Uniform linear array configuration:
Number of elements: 8
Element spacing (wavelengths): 0.75
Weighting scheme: kaiser
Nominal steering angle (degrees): -15
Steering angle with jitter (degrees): -15.904
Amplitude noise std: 0.05
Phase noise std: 0.05

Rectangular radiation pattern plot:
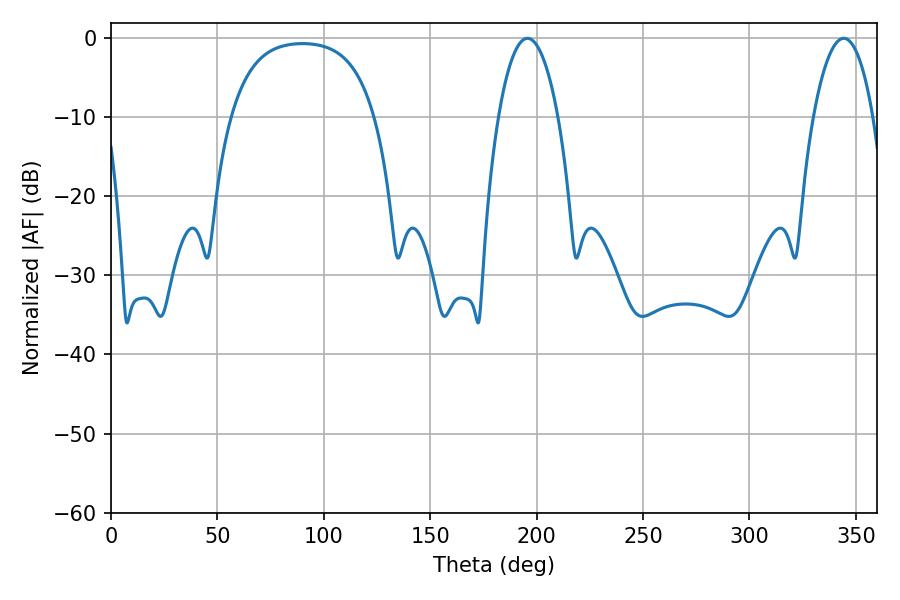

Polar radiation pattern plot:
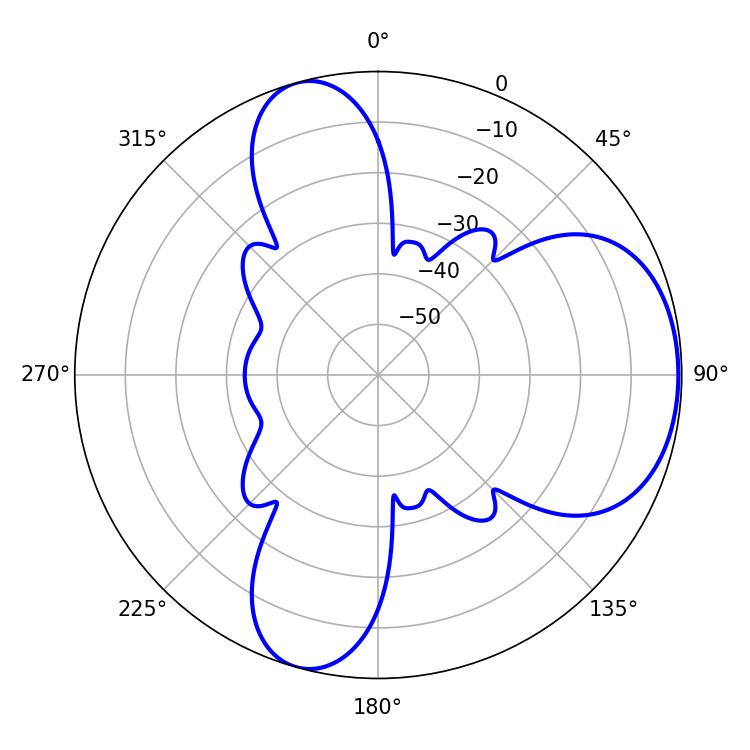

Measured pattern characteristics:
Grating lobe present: TRUE
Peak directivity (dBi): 5.982
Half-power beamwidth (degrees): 15.66
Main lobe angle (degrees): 195.66